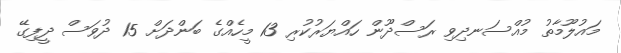
މައުލޫމާތު މުއްސަނދިވި ރަސްދޫން ހައްޔަރުކުރި 13 މީހެއްގެ ބަންދަށް 15 ދުވަސް ދީފިގޭ